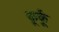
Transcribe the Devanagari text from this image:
कूर्कू